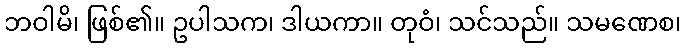
ဘဝါမိ၊ ဖြစ်၏။ ဥပါသက၊ ဒါယကာ။ တုဝံ၊ သင်သည်။ သမဏေစ၊